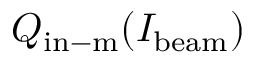
Q _ { \mathrm { i n - m } } ( I _ { \mathrm { b e a m } } )